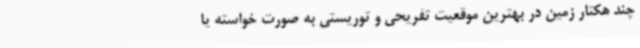
چند هکتار زمین در بهترین موقعیت تفریحی و توریستی به صورت خواسته یا